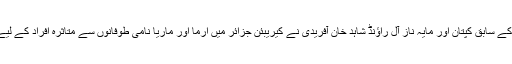
یکم جون 2018 ء) قومی ٹیم کے سابق کپتان اور مایہ ناز آل راﺅنڈ شاہد خان آفریدی نے کیریبئن جزائر میں ارما اور ماریا نامی طوفانوں سے متاثرہ افراد کے لیے انتہائی بڑا اعلا ن کردیا ہے۔